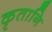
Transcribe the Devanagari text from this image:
कृतानि